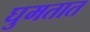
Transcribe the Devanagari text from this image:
घुमतात